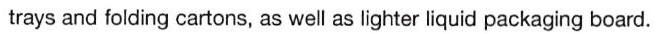
trays and folding cartons, as well as lighter liquid packaging board.